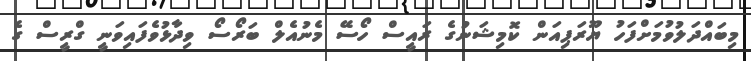
މިބައްދަލުވުމަށްފަހު ޔޫރަޕިއަން ކޮމިޝަނުގެ ރައީސް ހޯސޭ މެނުއެލް ބަރޯސޯ ވިދާޅުވެފައިވަނީ ގްރީސް ގެ